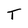
Character: T